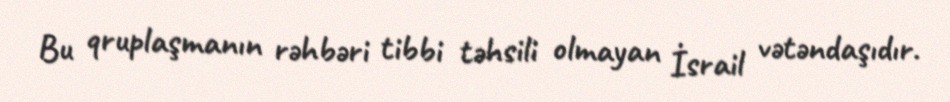
Bu qruplaşmanın rəhbəri tibbi təhsili olmayan İsrail vətəndaşıdır.